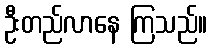
ဦးတည်လာနေ ကြသည်။